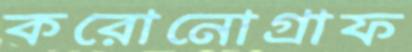
করোনোগ্রাফ